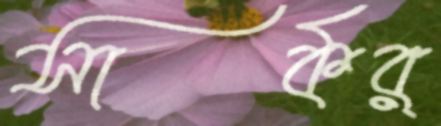
সার্কর্